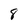
Character: 8